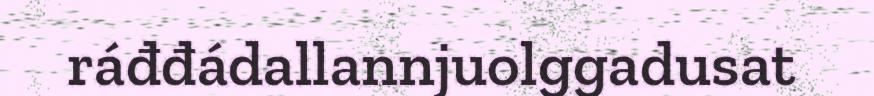
ráđđádallannjuolggadusat